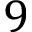
9